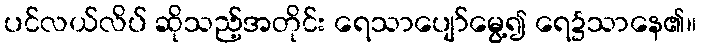
ပင်လယ်လိပ် ဆိုသည့်အတိုင်း ရေသာပျော်မွေ့၍ ရေ၌သာနေ၏။